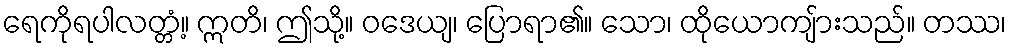
ရေကိုရပါလတ္တံ့။ ဣတိ၊ ဤသို့။ ဝဒေယျ၊ ပြောရာ၏။ သော၊ ထိုယောကျ်ားသည်။ တဿ၊